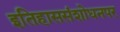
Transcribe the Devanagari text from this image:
इतिहाससंशोधनपर